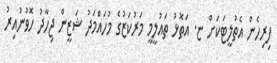
ފިރިހެން އެތުލީޓަކަށް ޏ. އަތޮޅު ތައުލީމީ މަރުކަޒުގެ މުހައްމަދު ޝަޒީން ޖިހާދު ހޮވުނުއިރު